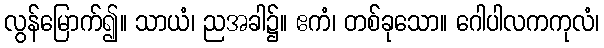
လွန်မြောက်၍။ သာယံ၊ ညအခါ၌။ ဧကံ၊ တစ်ခုသော။ ဂေါပါလကကုလံ၊